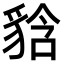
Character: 𧳘